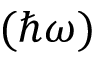
( \hbar \omega )